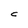
Character: C